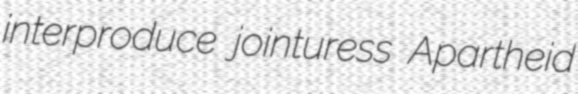
interproduce jointuress Apartheid